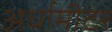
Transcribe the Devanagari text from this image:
अर्धामीटर